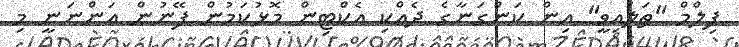
ފިލްމް "ތަލައިވީ" އިން ކަންގަނާގެ ދެއްކި އެކްޓިން މޮޅުކަމުން ފޭނުން އަންނަނީ މި